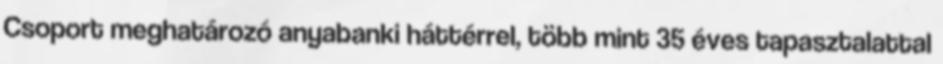
Csoport meghatározó anyabanki háttérrel, több mint 35 éves tapasztalattal